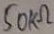
Text: 50KΩ